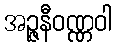
အဉ္ဇနီဝဏ္ဏဝါ